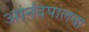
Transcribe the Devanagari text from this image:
आनंदपालचा